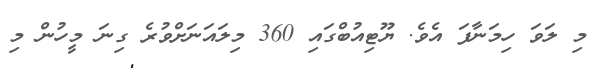
މި ލަވަ ހިމަނާފަ އެވެ. ޔޫޓިއުބްގައި 360 މިލައަނަށްވުރެ ގިނަ މީހުން މި